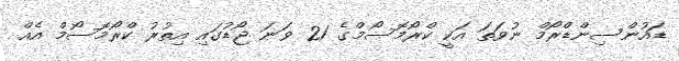
ޑައުންސިންޑްރޯމް ނުވަތަ އަކީ ކްރޯމޮސޯމްގެ 21 ވަނަ ޖޯޑުގައި އިތުރު ކްރޯމޮސޯމް އެއް